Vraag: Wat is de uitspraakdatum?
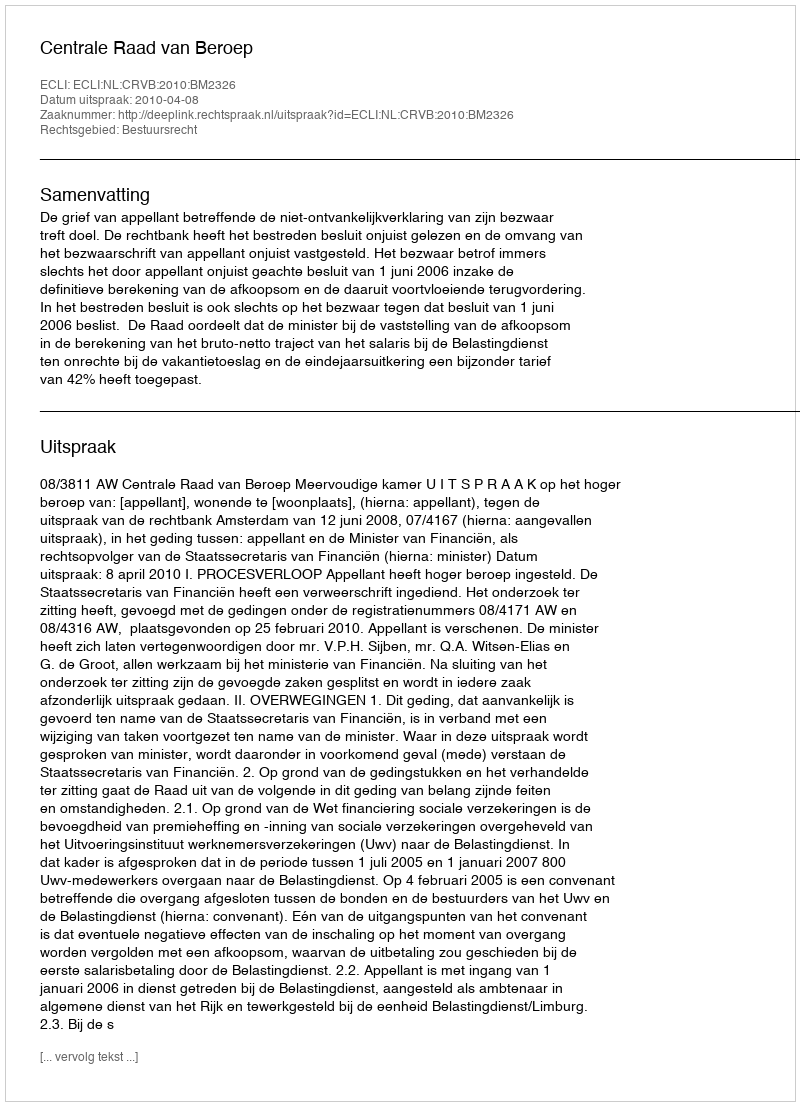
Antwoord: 2010-04-08